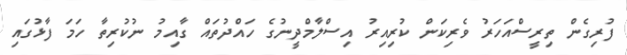
ފުރިގެން ތިރީސްއަަހަރު ވެރިކަން ކުރިއިރު އިސްލާމްދީނުގެ ހައްދުތައް ގާއިމު ނުކުރިތާ ހަމަ ފާޅުގައި